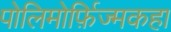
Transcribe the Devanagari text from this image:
पोलिमोर्फ़िज्मकहा